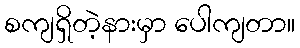
စကျရှိတဲ့နားမှာ ပေါကျတာ။